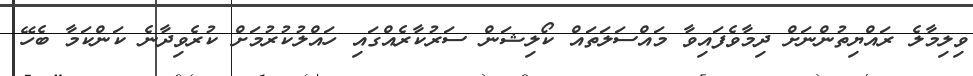
ވިލިމާލެ ރައްޔިތުންނަށް ދިމާވެފައިވާ މައްސަލަތައް ކޯލިޝަން ސަރުކާރެއްގައި ހައްލުކުރުމަށް ކުރެވިދާނެ ކަންކަމާ ބެހޭ